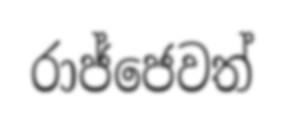
රාජ්ජෙවත්